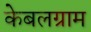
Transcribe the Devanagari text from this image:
केबलग्राम